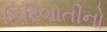
કિરિબાતીનો